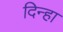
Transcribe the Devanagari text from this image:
दिन्हा